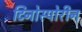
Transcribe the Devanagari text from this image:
टिनोस्पोरीन